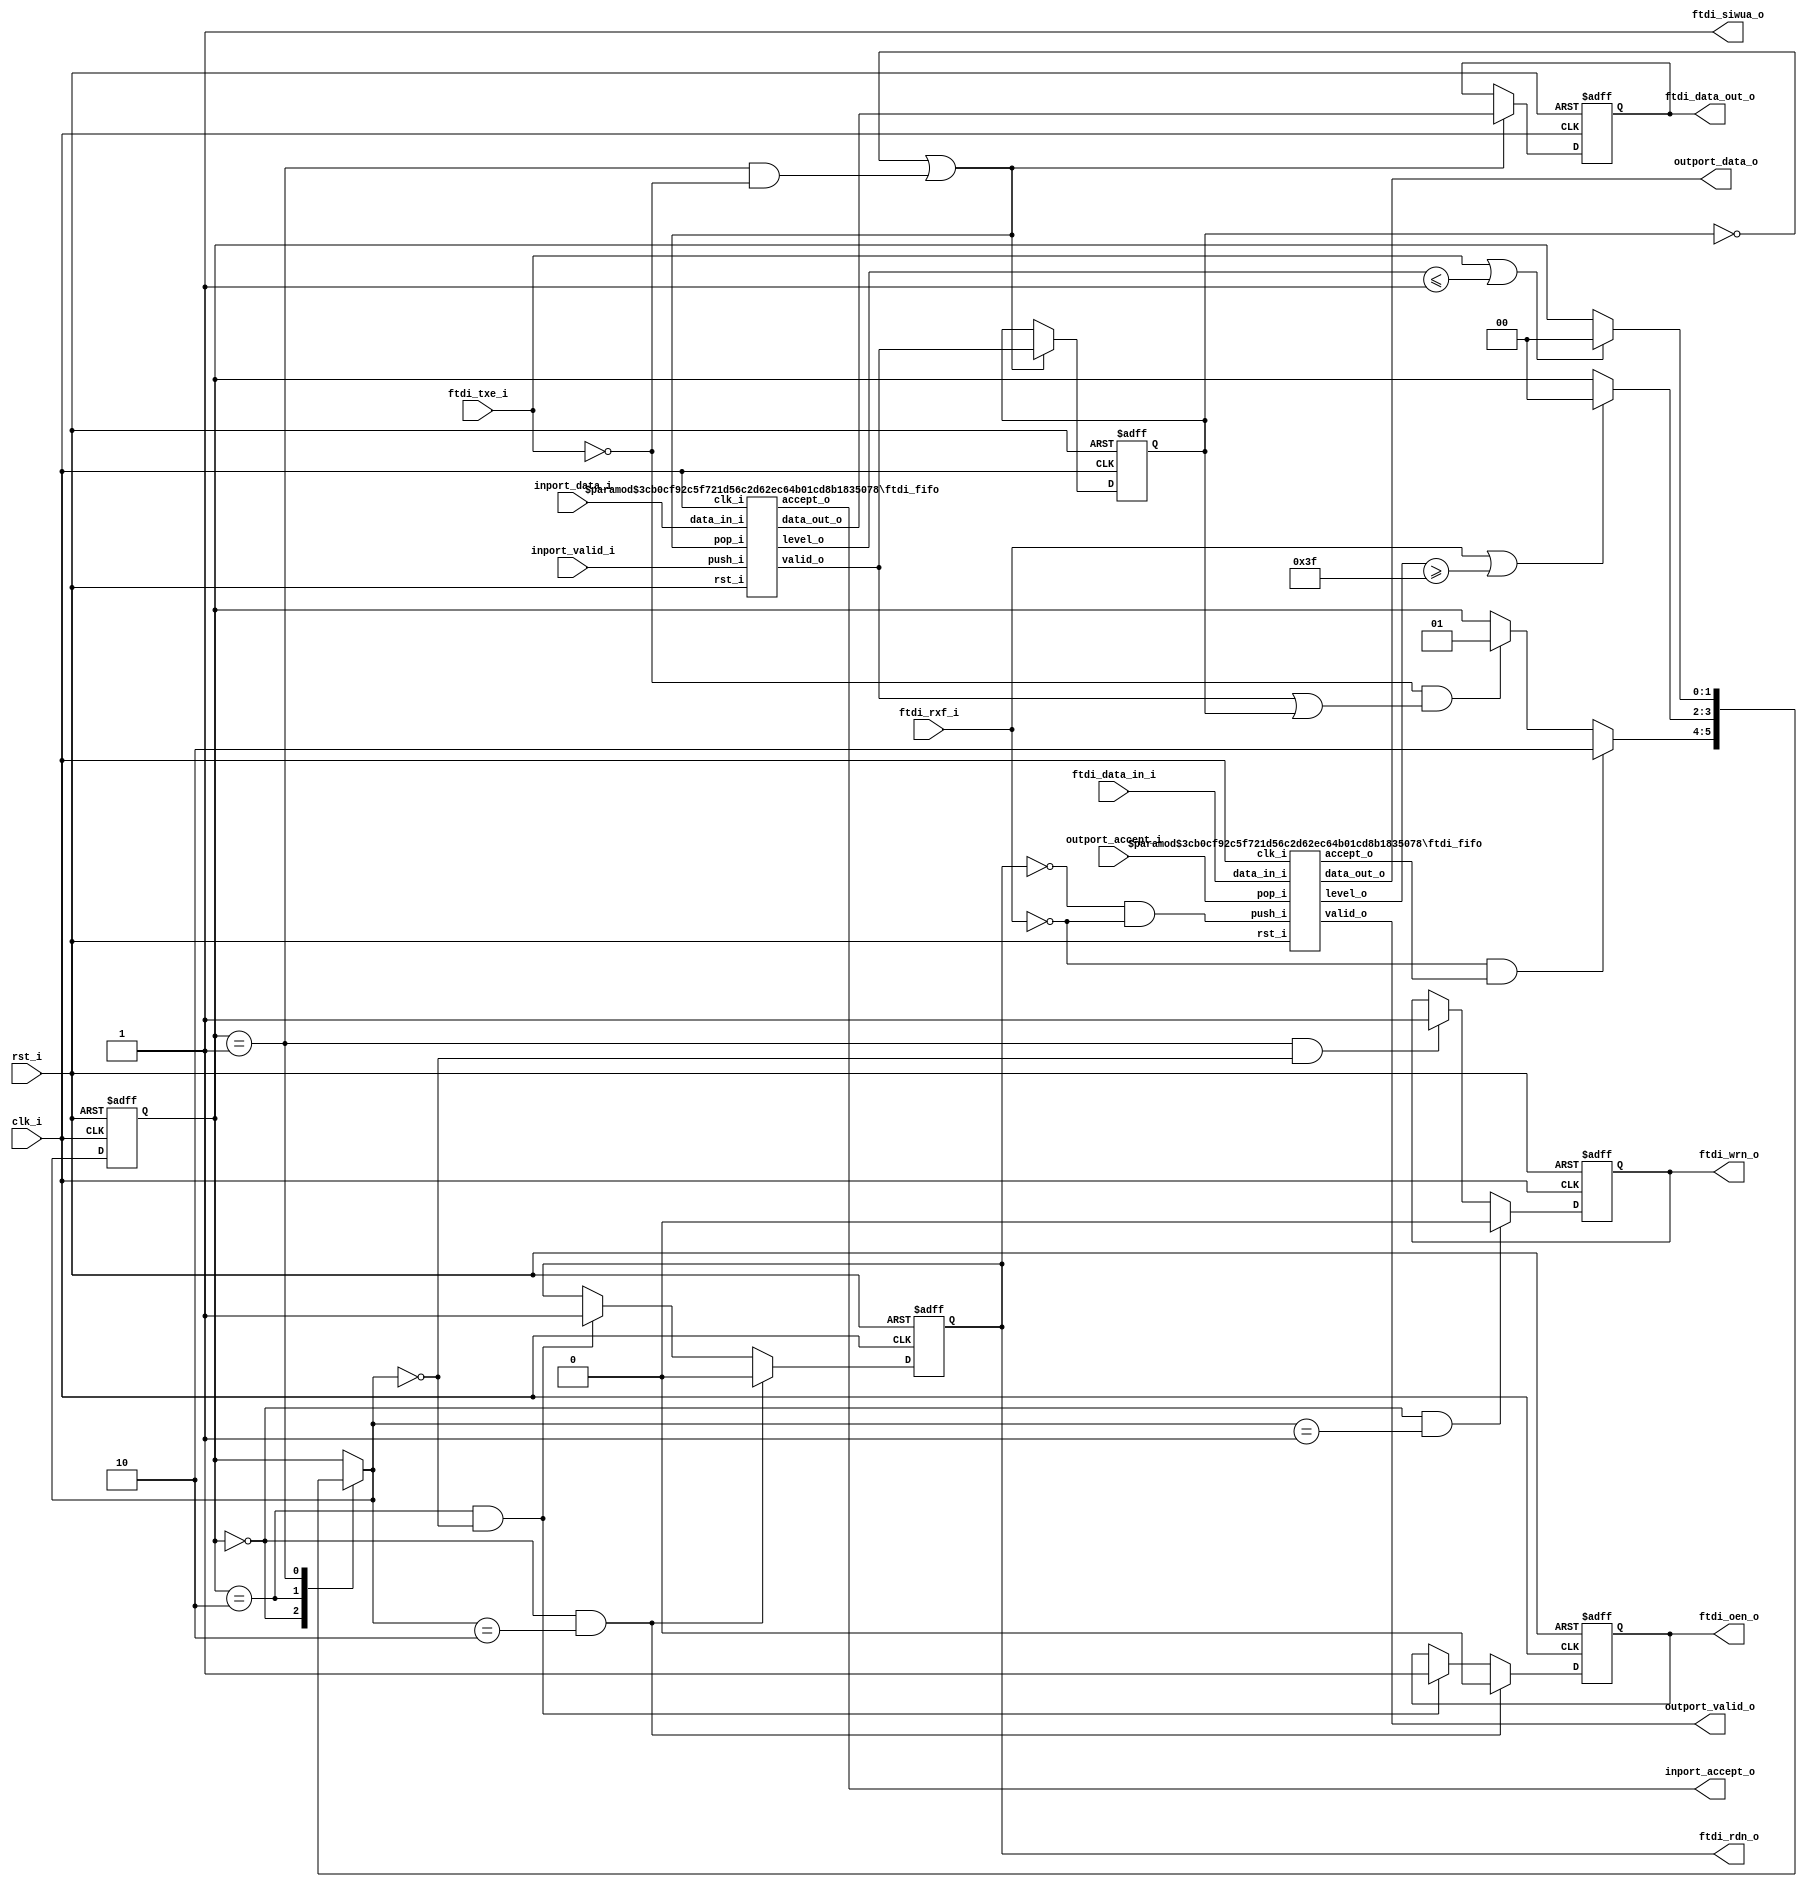
//-----------------------------------------------------------------
//                       FTDI FIFO -> AXI Bridge
//                              V1.0
//                        Ultra-Embedded.com
//                        Copyright 2015-2019
//
//
//                         License: GPL
// If you would like a version with a more permissive license for
// use in closed source commercial applications please contact me
// for details.
//-----------------------------------------------------------------
//
// This file is open source HDL; you can redistribute it and/or 
// modify it under the terms of the GNU General Public License as 
// published by the Free Software Foundation; either version 2 of 
// the License, or (at your option) any later version.
//
// This file is distributed in the hope that it will be useful,
// but WITHOUT ANY WARRANTY; without even the implied warranty of
// MERCHANTABILITY or FITNESS FOR A PARTICULAR PURPOSE.  See the
// GNU General Public License for more details.
//
// You should have received a copy of the GNU General Public 
// License along with this file; if not, write to the Free Software
// Foundation, Inc., 59 Temple Place, Suite 330, Boston, MA 02111-1307
// USA
//-----------------------------------------------------------------

//-----------------------------------------------------------------
//                          Generated File
//-----------------------------------------------------------------

module ftdi_sync
(
    // Inputs
     input           clk_i
    ,input           rst_i
    ,input           ftdi_rxf_i
    ,input           ftdi_txe_i
    ,input  [  7:0]  ftdi_data_in_i
    ,input           inport_valid_i
    ,input  [  7:0]  inport_data_i
    ,input           outport_accept_i

    // Outputs
    ,output          ftdi_siwua_o
    ,output          ftdi_wrn_o
    ,output          ftdi_rdn_o
    ,output          ftdi_oen_o
    ,output [  7:0]  ftdi_data_out_o
    ,output          inport_accept_o
    ,output          outport_valid_o
    ,output [  7:0]  outport_data_o
);




//-----------------------------------------------------------------
// Tx FIFO
//-----------------------------------------------------------------
wire [7:0] tx_data_w;
wire       tx_valid_w;
wire       tx_accept_w;
wire [6:0] tx_level_w;

ftdi_fifo
#(
    .WIDTH(8),
    .DEPTH(64),
    .ADDR_W(6),
    .COUNT_W(7)
)
u_fifo_out
(
    .clk_i(clk_i),
    .rst_i(rst_i),

    .push_i(inport_valid_i),
    .data_in_i(inport_data_i),
    .accept_o(inport_accept_o),

    .valid_o(tx_valid_w),
    .data_out_o(tx_data_w),
    .pop_i(tx_accept_w),
    .level_o(tx_level_w)
);

wire tx_empty_next_w = (tx_level_w <= 7'd1);

//-----------------------------------------------------------------
// Rx FIFO
//-----------------------------------------------------------------
wire [7:0] rx_data_w  = ftdi_data_in_i;
wire       rx_valid_w = !ftdi_rdn_o && !ftdi_rxf_i;
wire       rx_accept_w;
wire [6:0] rx_level_w;

ftdi_fifo
#(
    .WIDTH(8),
    .DEPTH(64),
    .ADDR_W(6),
    .COUNT_W(7)
)
u_fifo_in
(
    .clk_i(clk_i),
    .rst_i(rst_i),

    .push_i(rx_valid_w),
    .data_in_i(rx_data_w),
    .accept_o(rx_accept_w),

    .valid_o(outport_valid_o),
    .data_out_o(outport_data_o),
    .pop_i(outport_accept_i),
    .level_o(rx_level_w)
);

wire rx_full_next_w = (rx_level_w >= 7'd63);

//-----------------------------------------------------------------
// Defines / Local params
//-----------------------------------------------------------------
localparam STATE_W           = 2;
localparam STATE_IDLE        = 2'd0;
localparam STATE_TX          = 2'd1;
localparam STATE_RX          = 2'd2;
reg [STATE_W-1:0] state_q;

wire rx_space_w = rx_accept_w;
wire rx_ready_w = !ftdi_rxf_i;
wire tx_space_w = !ftdi_txe_i;

reg  tx_valid_q;
assign tx_accept_w = !tx_valid_q || (state_q == STATE_TX && tx_space_w);

always @ (posedge clk_i or posedge rst_i)
if (rst_i)
    tx_valid_q   <= 1'b0;
else if (tx_accept_w)
    tx_valid_q   <= tx_valid_w;

//-----------------------------------------------------------------
// Next State Logic
//-----------------------------------------------------------------
reg [STATE_W-1:0] next_state_r;
always @ *
begin
    next_state_r = state_q;

    case (state_q)
    //-----------------------------------------
    // STATE_IDLE
    //-----------------------------------------
    STATE_IDLE :
    begin
        if (rx_ready_w && rx_space_w)
            next_state_r    = STATE_RX;
        else if (tx_space_w && (tx_valid_w || tx_valid_q))
            next_state_r    = STATE_TX;
    end
    //-----------------------------------------
    // STATE_RX
    //-----------------------------------------
    STATE_RX :
    begin
        if (!rx_ready_w || rx_full_next_w)
            next_state_r  = STATE_IDLE;
    end
    //-----------------------------------------
    // STATE_TX
    //-----------------------------------------
    STATE_TX :
    begin
        if (!tx_space_w || tx_empty_next_w)
            next_state_r  = STATE_IDLE;
    end    
    default:
        ;
   endcase
end

// Update state
always @ (posedge clk_i or posedge rst_i)
if (rst_i)
    state_q   <= STATE_IDLE;
else
    state_q   <= next_state_r;

//-----------------------------------------------------------------
// RD/WR/OE
//-----------------------------------------------------------------
// Xilinx placement pragmas:
//synthesis attribute IOB of rdn_q is "TRUE"
//synthesis attribute IOB of wrn_q is "TRUE"
//synthesis attribute IOB of oen_q is "TRUE"
//synthesis attribute IOB of data_q is "TRUE"

reg       rdn_q;
reg       wrn_q;
reg       oen_q;
reg [7:0] data_q;

always @ (posedge clk_i or posedge rst_i)
if (rst_i)
    oen_q   <= 1'b1;
else if (state_q == STATE_IDLE && next_state_r == STATE_RX)
    oen_q   <= 1'b0;
else if (state_q == STATE_RX && next_state_r == STATE_IDLE)
    oen_q   <= 1'b1;

always @ (posedge clk_i or posedge rst_i)
if (rst_i)
    rdn_q   <= 1'b1;
else if (state_q == STATE_IDLE && next_state_r == STATE_RX)
    rdn_q   <= 1'b0;
else if (state_q == STATE_RX && next_state_r == STATE_IDLE)
    rdn_q   <= 1'b1;

always @ (posedge clk_i or posedge rst_i)
if (rst_i)
    wrn_q   <= 1'b1;
else if (state_q == STATE_IDLE && next_state_r == STATE_TX)
    wrn_q   <= 1'b0;
else if (state_q == STATE_TX && next_state_r == STATE_IDLE)
    wrn_q   <= 1'b1;

always @ (posedge clk_i or posedge rst_i)
if (rst_i)
    data_q  <= 8'b0;
else if (tx_accept_w)
    data_q  <= tx_data_w;

assign ftdi_wrn_o      = wrn_q;
assign ftdi_rdn_o      = rdn_q;
assign ftdi_oen_o      = oen_q;
assign ftdi_data_out_o = data_q;
assign ftdi_siwua_o    = 1'b1; // TODO:

endmodule

module ftdi_fifo
//-----------------------------------------------------------------
// Params
//-----------------------------------------------------------------
#(
    parameter WIDTH   = 8,
    parameter DEPTH   = 4,
    parameter ADDR_W  = 2,
    parameter COUNT_W = 3
)
//-----------------------------------------------------------------
// Ports
//-----------------------------------------------------------------
(
    // Inputs
     input                clk_i
    ,input                rst_i
    ,input  [WIDTH-1:0]   data_in_i
    ,input                push_i
    ,input                pop_i

    // Outputs
    ,output [WIDTH-1:0]   data_out_o
    ,output               accept_o
    ,output               valid_o
    ,output [COUNT_W-1:0] level_o
);

//-----------------------------------------------------------------
// Registers
//-----------------------------------------------------------------
reg [WIDTH-1:0]   ram_q[DEPTH-1:0];
reg [ADDR_W-1:0]  rd_ptr_q;
reg [ADDR_W-1:0]  wr_ptr_q;
reg [COUNT_W-1:0] count_q;

//-----------------------------------------------------------------
// Sequential
//-----------------------------------------------------------------
always @ (posedge clk_i or posedge rst_i)
if (rst_i)
begin
    count_q   <= {(COUNT_W) {1'b0}};
    rd_ptr_q  <= {(ADDR_W) {1'b0}};
    wr_ptr_q  <= {(ADDR_W) {1'b0}};
end
else
begin
    // Push
    if (push_i & accept_o)
    begin
        ram_q[wr_ptr_q] <= data_in_i;
        wr_ptr_q        <= wr_ptr_q + 1;
    end

    // Pop
    if (pop_i & valid_o)
        rd_ptr_q      <= rd_ptr_q + 1;

    // Count up
    if ((push_i & accept_o) & ~(pop_i & valid_o))
        count_q <= count_q + 1;
    // Count down
    else if (~(push_i & accept_o) & (pop_i & valid_o))
        count_q <= count_q - 1;
end

//-------------------------------------------------------------------
// Combinatorial
//-------------------------------------------------------------------
/* verilator lint_off WIDTH */
assign valid_o       = (count_q != 0);
assign accept_o      = (count_q != DEPTH);
/* verilator lint_on WIDTH */

assign data_out_o    = ram_q[rd_ptr_q];
assign level_o       = count_q;



endmodule